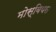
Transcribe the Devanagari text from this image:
मोस्बियस